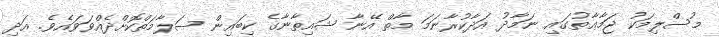
މުސްލިމަކު ޖަމާޢާތުގައި ނަމާދު އަދާކުރާނަމަ މާތް އޭނާ ޝައިޠާނާގެ ކިބައިން ސަލާމަތްކޮށްދެއްވަވައެވެ. އަދި